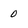
Character: 0